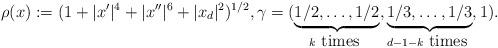
LaTeX: \begin{align*}\rho(x):=(1+|x'|^4+|x''|^6+|x_d|^2)^{1/2},\gamma=(\underbrace{1/2,\ldots,1/2}_{k \mbox{ times }},\underbrace{1/3,\ldots,1/3}_{d-1-k \mbox{ times }},1).\end{align*}